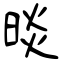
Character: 晱